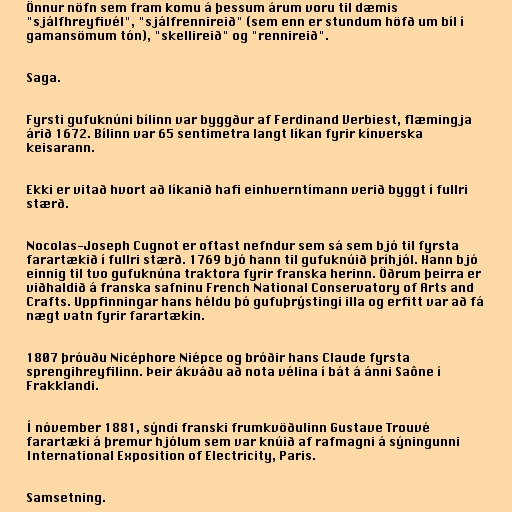
Önnur nöfn sem fram komu á þessum árum voru til dæmis
"sjálfhreyfivél", "sjálfrennireið" (sem enn er stundum höfð um bíl í
gamansömum tón), "skellireið" og "rennireið".

Saga.

Fyrsti gufuknúni bílinn var byggður af Ferdinand Verbiest, flæmingja
árið 1672. Bílinn var 65 sentimetra langt líkan fyrir kínverska
keisarann.

Ekki er vitað hvort að líkanið hafi einhverntímann verið byggt í fullri
stærð.

Nocolas-Joseph Cugnot er oftast nefndur sem sá sem bjó til fyrsta
farartækið í fullri stærð. 1769 bjó hann til gufuknúið þríhjól. Hann bjó
einnig til tvo gufuknúna traktora fyrir franska herinn. Öðrum þeirra er
viðhaldið á franska safninu French National Conservatory of Arts and
Crafts. Uppfinningar hans héldu þó gufuþrýstingi illa og erfitt var að fá
nægt vatn fyrir farartækin.

1807 þróuðu Nicéphore Niépce og bróðir hans Claude fyrsta
sprengihreyfilinn. Þeir ákváðu að nota vélina í bát á ánni Saône í
Frakklandi.

Í nóvember 1881, sýndi franski frumkvöðulinn Gustave Trouvé
farartæki á þremur hjólum sem var knúið af rafmagni á sýningunni
International Exposition of Electricity, Paris.

Samsetning.